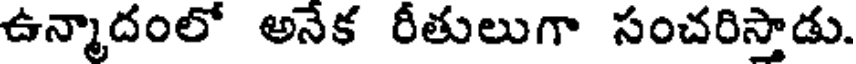
ఉన్మాదంలో అనేక రీతులుగా సంచరిస్తాడు.